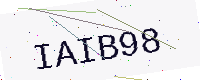
Text: IAIB98